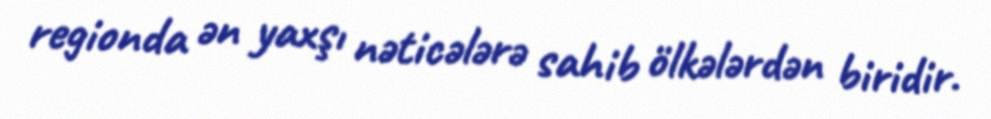
regionda ən yaxşı nəticələrə sahib ölkələrdən biridir.